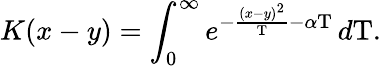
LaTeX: K(x-y)=\int_{0}^{\infty}e^{-{\frac{(x-y)^{2}}{\mathrm{T}}}-\alpha\mathrm{T}}\, d\mathrm{T}.